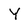
Character: Y